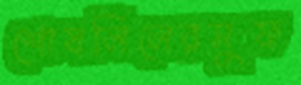
শোষলিলেরসুফ